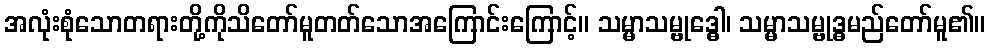
အလုံးစုံသောတရားတို့ကိုသိတော်မူတတ်သောအကြောင်းကြောင့်။ သမ္မာသမ္ဗုဒ္ဓေါ၊ သမ္မာသမ္ဗုဒ္ဓမည်တော်မူ၏။